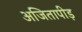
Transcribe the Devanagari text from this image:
अजितापीड़